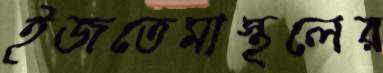
ইজতেমাস্থলের